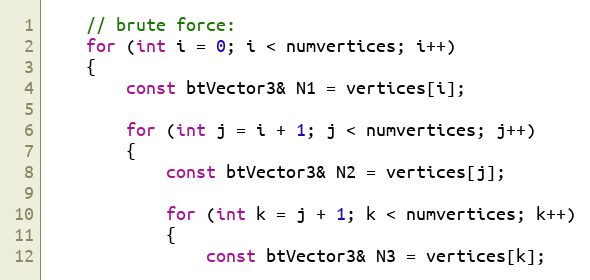
Language: C++
	// brute force:
	for (int i = 0; i < numvertices; i++)
	{
		const btVector3& N1 = vertices[i];

		for (int j = i + 1; j < numvertices; j++)
		{
			const btVector3& N2 = vertices[j];

			for (int k = j + 1; k < numvertices; k++)
			{
				const btVector3& N3 = vertices[k];